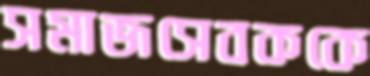
সমাজসেবককে